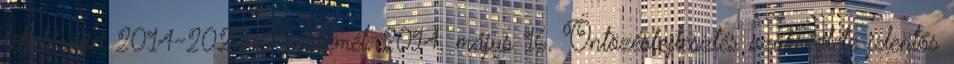
lehetőségei 2014-2020 Kecskemét, 2014. május 16. Öntözésfejlesztés szükséglete jelentős